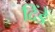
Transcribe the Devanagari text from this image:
दिंडें